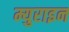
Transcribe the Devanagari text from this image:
म्युराइन